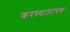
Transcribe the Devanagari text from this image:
करण्यालायक